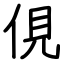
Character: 俔